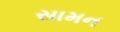
સામન